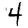
Digit: 4